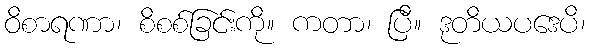
ဝိစာရဏာ၊ စိစစ်ခြင်းကို။ ကတာ၊ ပြီ။ ဒုတိယပဒေပိ၊